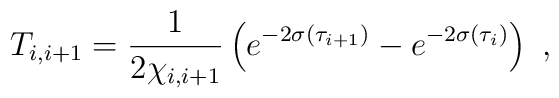
T_{i, i+1} = {1 \over\displaystyle {2 \chi_{i, i+1}}} \left( e^{-2 \sigma (\tau_{i+1})} - e^{-2 \sigma (\tau_i)} \right) ~,~ \,